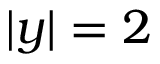
| y | = 2